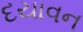
દયાવન